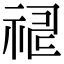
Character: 𥙸